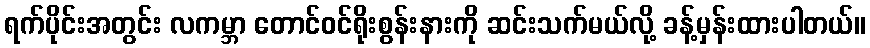
ရက်ပိုင်းအတွင်း လကမ္ဘာ တောင်ဝင်ရိုးစွန်းနားကို ဆင်းသက်မယ်လို့ ခန့်မှန်းထားပါတယ်။